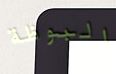
البوظة